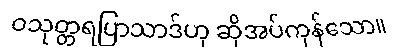
ဝသုတ္တရပြာသာဒ်ဟု ဆိုအပ်ကုန်သော။